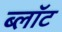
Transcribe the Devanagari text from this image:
ब्‍लॉट